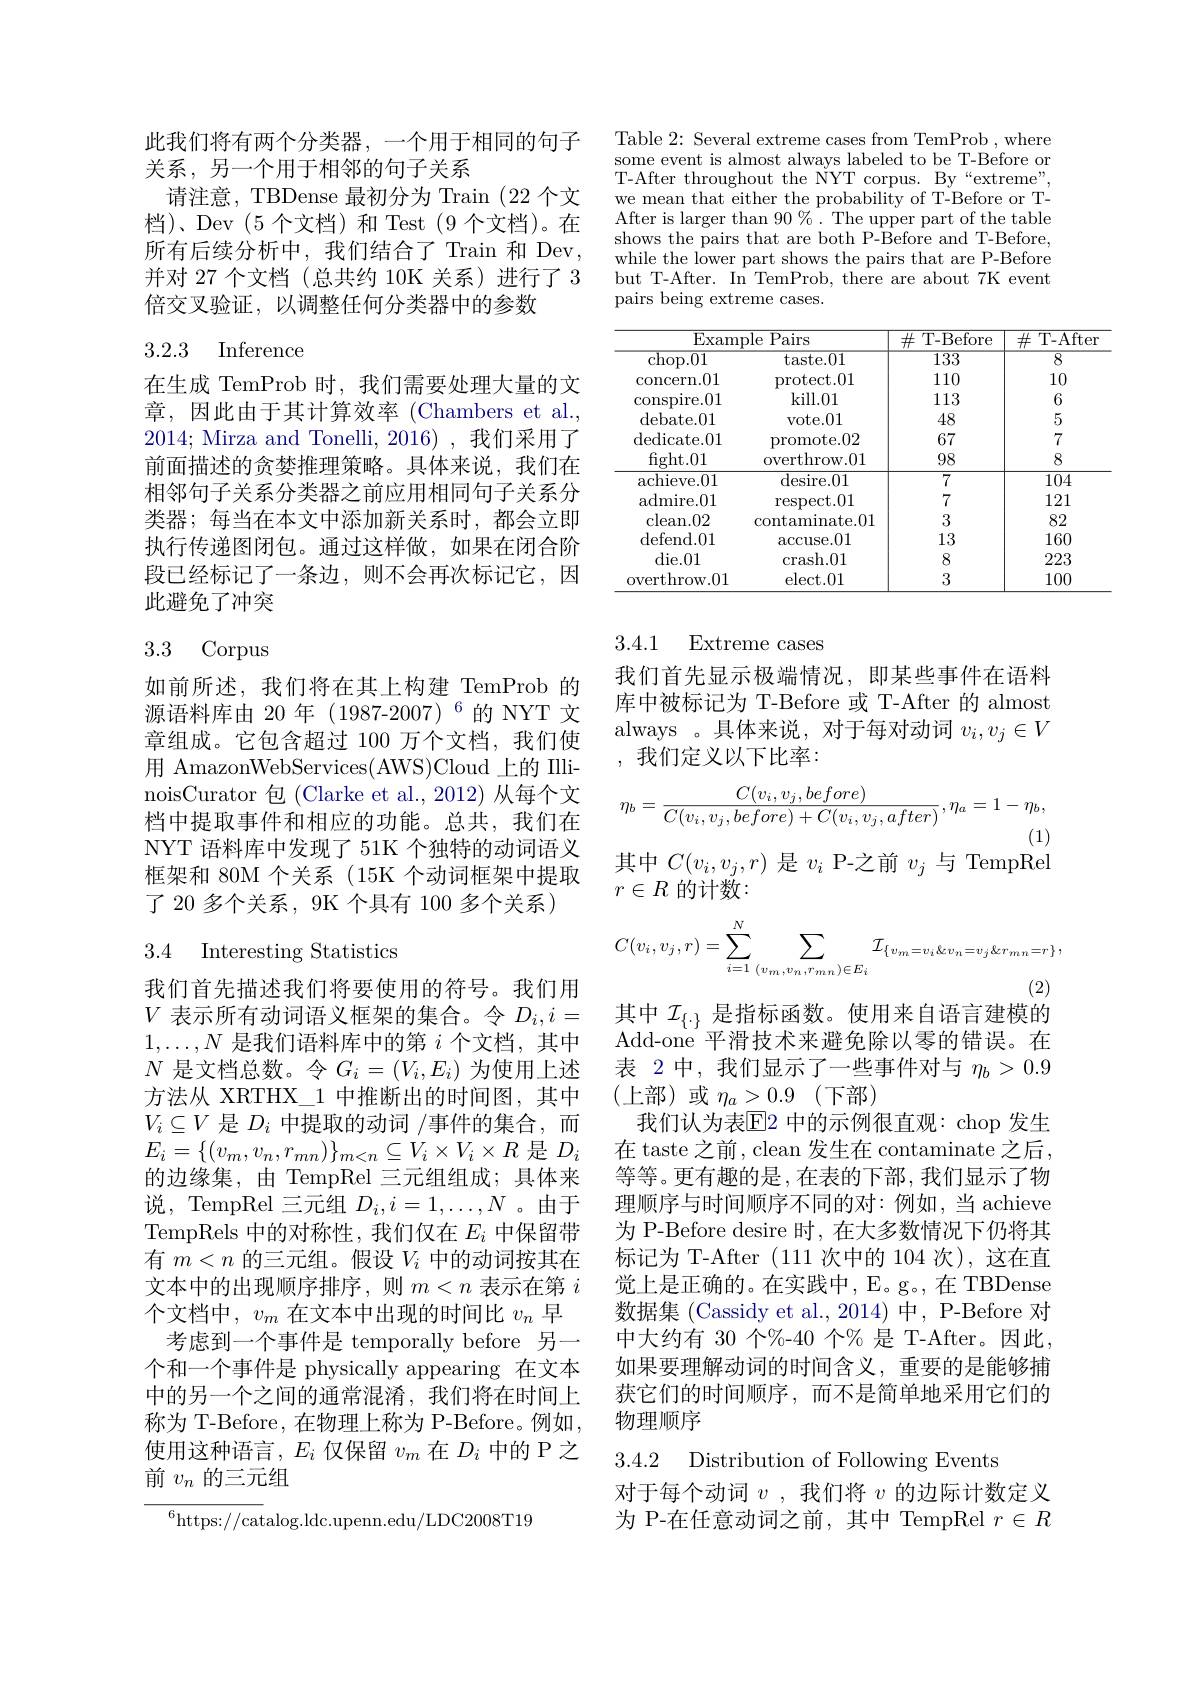
此我们将有两个分类器，一个用于相同的句子
关系，另一个用于相邻的句子关系
请注意，TBDense 最初分为 Train (22 个文档)、Dev (5个文档)和 Test (9个文档)。在所有后续分析中，我们结合了Train 和 Dev, 并对 27 个文档(总共约 10K 关系)进行了 3倍交叉验证，以调整任何分类器中的参数

## 3.2.3 Inference

在生成 TemProb 时，我们需要处理大量的文章，因此由于其计算效率(Chambers et al., 2014; Mirza and Tonelli, 2016),我们采用了前面描述的贪婪推理策略。具体来说，我们在相邻句子关系分类器之前应用相同句子关系分类器；每当在本文中添加新关系时，都会立即执行传递图闭包。通过这样做，如果在闭合阶段已经标记了一条边，则不会再次标记它，因此避免了冲突

## 3.3 Corpus

如前所述，我们将在其上构建 TemProb 的源语料库由 20 年(1987-2007)$^{6}$的 NYT 文章组成。它包含超过 100 万个文档，我们使用 AmazonWebServices(AWS)Cloud 上的 IIlinoisCurator 包 (Clarke et al.,2012) 从每个文档中提取事件和相应的功能。总共，我们在NYT 语料库中发现了 51K 个独特的动词语义框架和 80M 个关系 (15K 个动词框架中提取了 20 多个关系，9K 个具有 100 多个关系)

## 3.4 Interesting Statistics

我们首先描述我们将要使用的符号。我们用$1,\ldots,N$是我们语料库中的第$i$个文档，其中$N$是文档总数。令$G_i=(V_i,E_i)$为使用上述方法从 XRTHX\_1 中推断出的时间图，其中$V_i\subseteq V$是$D_i$中提取的动词/事件的集合，而$E_{i}=\{(v_{m},v_{n},r_{mn})\}_{m<n}\subseteq V_{i}\times V_{i}\times R$是$D_{i}$ 的边缘集，由 TempRel 三元组组成；具体来说，TempRel 三元组$D_i,i=1,\ldots,N$ 。由于TempRels 中的对称性，我们仅在$E_i$中保留带有$m<n$的三元组。假设$V_i$中的动词按其在文本中的出现顺序排序，则$m<n$表示在第$i$ 个文档中，$v_m$在文本中出现的时间比$v_n$早
考虑到一个事件是 temporally before 另一个和一个事件是 physically appearing 在文本中的另一个之间的通常混淆，我们将在时间上称为 T-Before, 在物理上称为 P-Before。例如， 使用这种语言，$E_i$仅保留$v_m$在$D_i$中的 P 之前$v_n$的三元组

$^{6}$https://catalog.ldc.upenn.edu/LDC2008T19

Table 2: Several extreme cases from TemProb , where some event is almost always labeled to be T-Before or T-After throughout the NYT corpus. By“extreme”, we mean that either the probability of T-Before or TAfter is larger than $90\%.$ The upper part of the table shows the pairs that are both P-Before and T-Before, while the lower part shows the pairs that are P-Before but T-After. In TemProb, there are about 7K event pairs being extreme cases.

<table>
	<tbody>
		<tr>
			<th>$\operatorname{Examp}$</th>
			<th>Pairs e</th>
			<th>$\#$T-Before</th>
			<th>T- After $\#$</th>
		</tr>
		<tr>
			<td>$\operatorname{chop.01}$</td>
			<td>taste. 01</td>
			<td>$\overline{133}$</td>
			<td>$\overline{8}$</td>
		</tr>
		<tr>
			<td>$\operatorname{concern.01}$</td>
			<td>$\operatorname{protect.01}$</td>
			<td>110</td>
			<td>10</td>
		</tr>
		<tr>
			<td>conspire. 01</td>
			<td>kill. 01</td>
			<td>113</td>
			<td>6</td>
		</tr>
		<tr>
			<td>debate. 01</td>
			<td>Vote. 01</td>
			<td>48</td>
			<td>5</td>
		</tr>
		<tr>
			<td>${\mathrm{dedicate.01}}$</td>
			<td>promote.02</td>
			<td>67</td>
			<td>7</td>
		</tr>
		<tr>
			<td>fight. 01</td>
			<td>overthrow.01</td>
			<td>98</td>
			<td>8</td>
		</tr>
		<tr>
			<td>achieve. 01</td>
			<td>desire. 01</td>
			<td>7</td>
			<td>104</td>
		</tr>
		<tr>
			<td>${\mathrm{admire.01}}$</td>
			<td>$\operatorname{respect.01}$</td>
			<td>7</td>
			<td>121</td>
		</tr>
		<tr>
			<td>clean. 02</td>
			<td>contaminate.01</td>
			<td>3</td>
			<td>82</td>
		</tr>
		<tr>
			<td>defend. 01</td>
			<td>$\operatorname{accuse.}01$</td>
			<td>13</td>
			<td>160</td>
		</tr>
		<tr>
			<td>$die.01$</td>
			<td>crash. 01</td>
			<td>8</td>
			<td>223</td>
		</tr>
		<tr>
			<td>overthrow. 01</td>
			<td>elect. 01</td>
			<td>3</td>
			<td>100</td>
		</tr>
	</tbody>
</table>

## 3.4.1 Extreme cases

我们首先显示极端情况，即某些事件在语料库中被标记为 T-Before 或 T-After 的 almost always 。具体来说，对于每对动词$v_i,v_j\in V$ ,我们定义以下比率：
$$\eta_{b}=\frac{C(v_{i},v_{j},before)}{C(v_{i},v_{j},before)+C(v_{i},v_{j},after)},\eta_{a}=1-\eta_{b},$$
其中$C(v_i,v_j,r)$是$v_i$ P-之前$v_j$与 TempRel

$r\in R$ 的计数：
$$C(v_i,v_j,r)=\sum_{i=1}^N\sum_{(v_m,v_n,r_{mn})\in E_i}\mathcal{I}_{\{v_m=v_i\&v_n=v_j\&r_{mn}=r\}},$$
$V$表示所有动词语义框架的集合。令$D_i, i=$ 其中$\mathcal{I}_\{\cdot\}$是指标函数。使用来自语言建模的

Add-one 平滑技术来避免除以零的错误。在表 2 中，我们显示了一些事件对与$\eta_b>0.9$ (上部)或$\eta_a>0.9($下部)
我们认为表$\mathbb{E}$2 中的示例很直观：chop 发生在 taste 之前，clean 发生在 contaminate 之后， 等等。更有趣的是，在表的下部，我们显示了物理顺序与时间顺序不同的对：例如，当 achieve 为 P-Before desire 时，在大多数情况下仍将其标记为 T-After (111次中的 104 次),这在直觉上是正确的。在实践中，E。g。, 在 TBDense 数据集 (Cassidy et al.,2014) 中，P-Before 对中大约有 30 个$\%$-40 个% 是 T-After。因此如果要理解动词的时间含义，重要的是能够捕获它们的时间顺序，而不是简单地采用它们的物理顺序
3.4.2 Distribution of Following Events
对于每个动词$v$ ,我们将$v$的边际计数定义

为 P-在任意动词之前，其中 TempRel $r\in R$